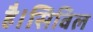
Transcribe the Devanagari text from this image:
है।सिविल